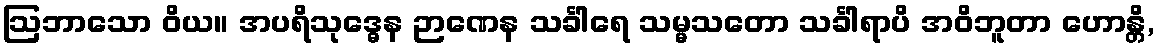
ဩဘာသော ဝိယ။ အပရိသုဒ္ဓေန ဉာဏေန သင်္ခါရေ သမ္မသတော သင်္ခါရာပိ အဝိဘူတာ ဟောန္တိ,